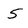
Character: 5